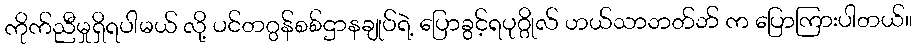
ကိုက်ညီမှုရှိရပါမယ် လို့ ပင်တဂွန်စစ်ဌာနချုပ်ရဲ့ ပြောခွင့်ရပုဂ္ဂိုလ် ဟယ်သာဘတ်ဘ် က ပြောကြားပါတယ်။